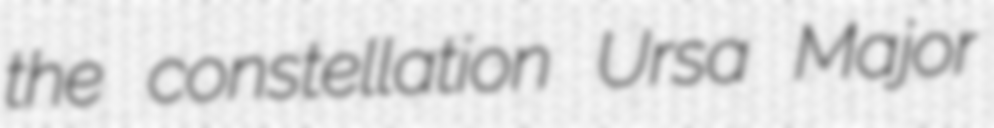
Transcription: the constellation Ursa Major